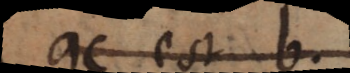
ac est b